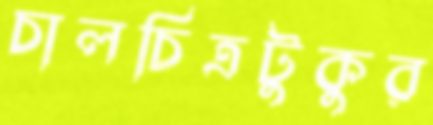
চালচিত্রটুকুর